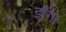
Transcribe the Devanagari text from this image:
झँगा